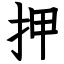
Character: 押